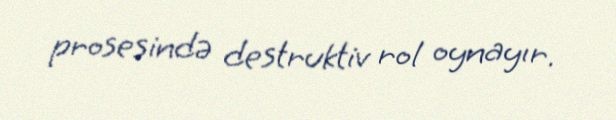
prosesində destruktiv rol oynayır.